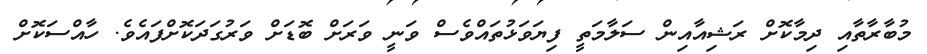
މުބާރާތާއި ދިމާކޮށް ރަޝިއާއިން ސަލާމަތީ ފިޔަވަޅުތައްވެސް ވަނީ ވަރަށް ބޮޑަށް ވަރުގަދަކޮށްފައެވެ. ހާއްސަކޮށް